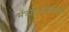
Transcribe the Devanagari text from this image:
मॅक्रोइकोनॉमिक्स